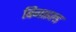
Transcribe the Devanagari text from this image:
बिगाइल्ड